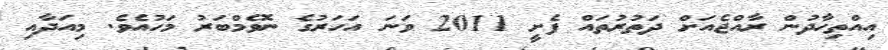
އިއްތިހާދުން ރާއްޖެއަށް ދަތުރުތައް ފެށީ 2011 ވަނަ އަހަރުގެ ނޮވެމްބަރު މަހުއެވެ. މިއަދާއި